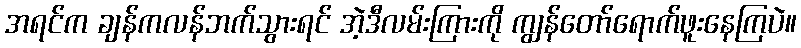
အရင်က ချန်ကလန်ဘက်သွားရင် အဲ့ဒီလမ်းကြားကို ကျွန်တော်ရောက်ဖူးနေကြပဲ။